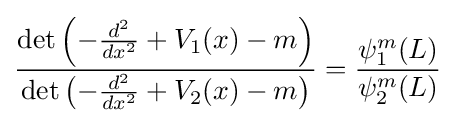
{\frac {\det \left(-{\frac {d^{2}}{dx^{2}}}+V_{1}(x)-m\right)}{\det \left(-{\frac {d^{2}}{dx^{2}}}+V_{2}(x)-m\right)}}={\frac {\psi _{1}^{m}(L)}{\psi _{2}^{m}(L)}}